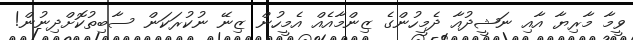
ވީމާ މާރިޔާ އާއި ނަޝީދުއާ ދެމީހުންގެ ޒިންމާއެއް އެމީހުން ޒިނޭ ނުކުރަކަން ސާބިތުކޮށްދިނުން!